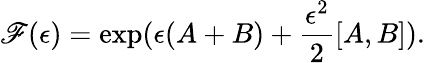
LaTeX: \mathscr{F}(\epsilon)=\exp(\epsilon(A+B)+\frac{{\epsilon^{2}}}{{2}}[A,B]).